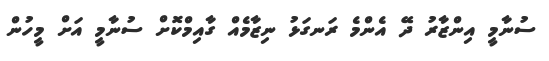
ސުނާމީ އިންޒާރު ދޭ އެންމެ ރަނގަޅު ނިޒާމެއް ގާއިމްކޮށް ސުނާމީ އަށް މީހުން